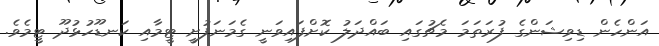
އަންހެން ޑިވިޝަންގެ ފުރަތަމަ މެޗުގައި ބައްދަލު ކޮށްފައިވަނީ ގެމަނަފުށީ ޓީމާއި ކަނޑޫހުޅުދޫ ޓީމެވެ.